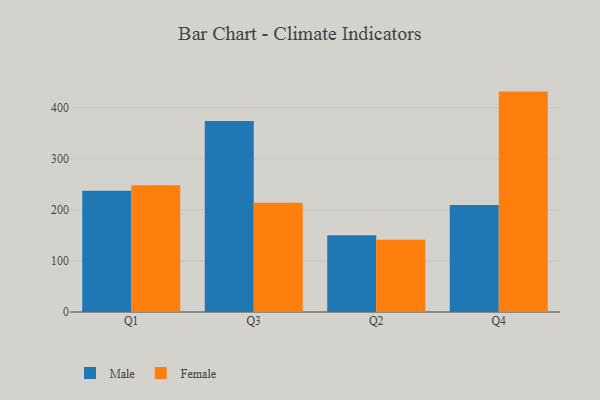
{"axis": {"x": "Quarter", "y": "Inventory Turnover"}, "legend": ["Female", "Male"], "data": [{"x": "Q1", "y": 237.4, "type": "Male"}, {"x": "Q1", "y": 248.1, "type": "Female"}, {"x": "Q3", "y": 374.2, "type": "Male"}, {"x": "Q3", "y": 214.1, "type": "Female"}, {"x": "Q2", "y": 150.2, "type": "Male"}, {"x": "Q2", "y": 141.6, "type": "Female"}, {"x": "Q4", "y": 209.5, "type": "Male"}, {"x": "Q4", "y": 431.6, "type": "Female"}]}